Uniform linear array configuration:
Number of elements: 64
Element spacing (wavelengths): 1
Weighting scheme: cosine
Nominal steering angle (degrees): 0
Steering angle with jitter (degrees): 1.92
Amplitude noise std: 0.05
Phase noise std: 0.05

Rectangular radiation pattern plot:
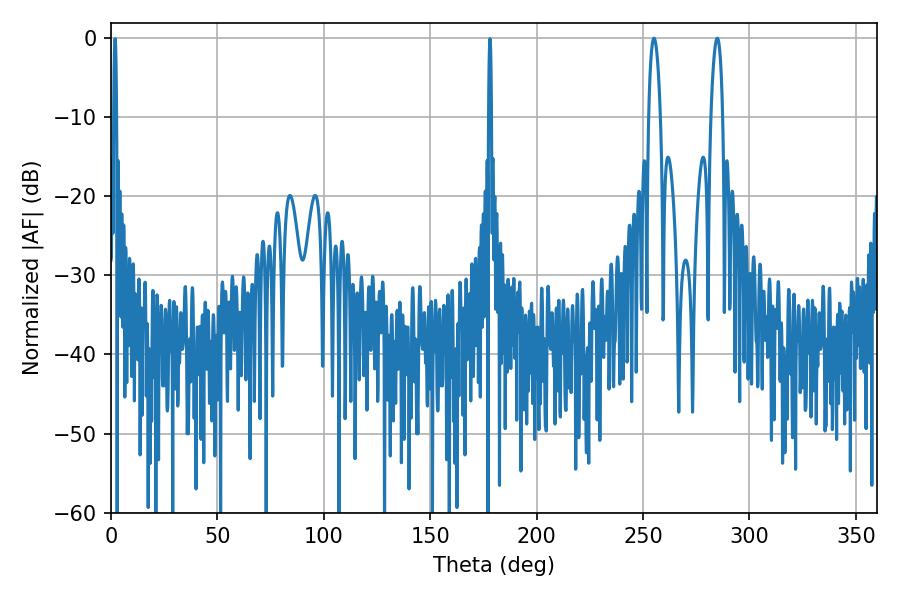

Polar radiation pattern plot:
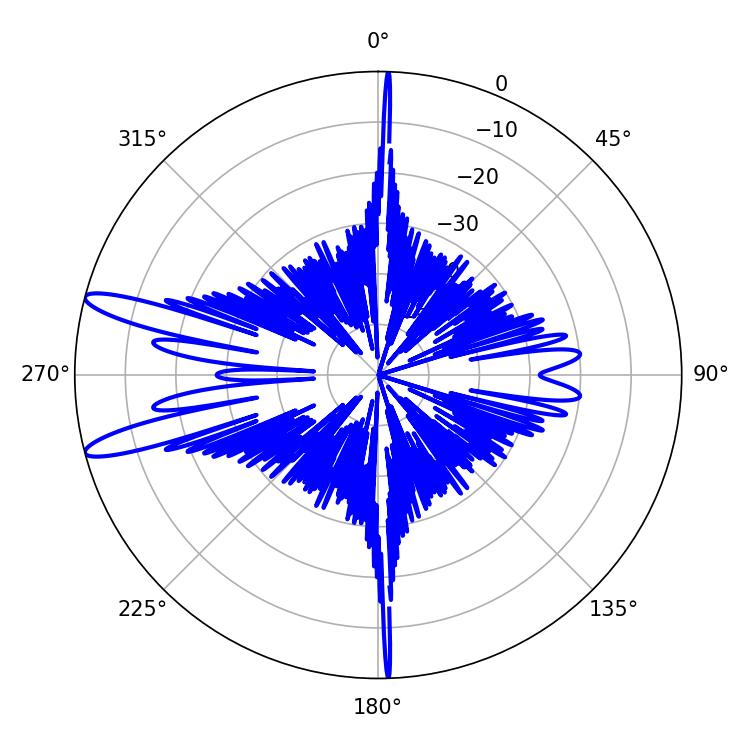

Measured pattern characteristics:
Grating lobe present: TRUE
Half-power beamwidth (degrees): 3.06
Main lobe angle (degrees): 255.06